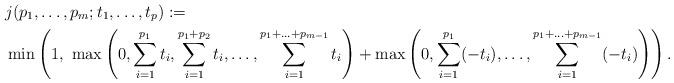
LaTeX: \begin{align*}& j(p_1, \ldots, p_m; t_1,\ldots, t_p):= \\& \min\left(1, \ \max\left(0, \sum_{i=1}^{p_1} t_i, \sum_{i=1}^{p_1+p_2} t_i, \ldots, \sum_{i=1}^{p_1+\ldots+p_{m-1}} t_i\right)+\max\left(0, \sum_{i=1}^{p_1} (-t_i), \ldots, \sum_{i=1}^{p_1+\ldots+p_{m-1}} (-t_i)\right)\right).\end{align*}